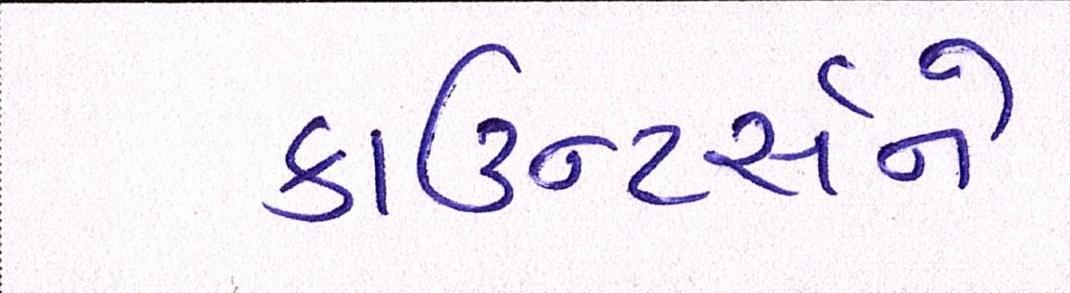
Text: કાઉન્ટર્સને